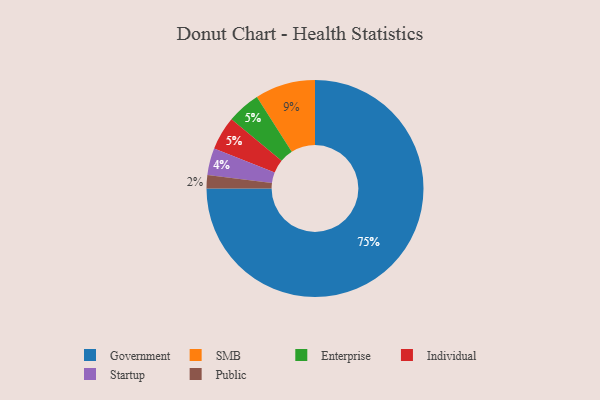
{"axis": {"x": "Category", "y": "Percentage"}, "legend": ["Enterprise", "Government", "Individual", "Public", "SMB", "Startup"], "data": [{"x": "Public", "y": 2, "type": "Public"}, {"x": "SMB", "y": 9, "type": "SMB"}, {"x": "Startup", "y": 4, "type": "Startup"}, {"x": "Enterprise", "y": 5, "type": "Enterprise"}, {"x": "Individual", "y": 5, "type": "Individual"}, {"x": "Government", "y": 75, "type": "Government"}]}